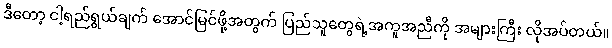
ဒီတော့ ငါ့ရည်ရွယ်ချက် အောင်မြင်ဖို့အတွက် ပြည်သူတွေရဲ့အကူအညီကို အများကြီး လိုအပ်တယ်။